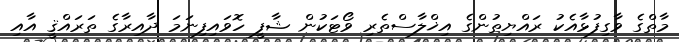
މާތްގެ ވާގިފުޅާއެކު ރައްޔިތުންގެ އިޚްލާސްތެރި ވޯޓަކުން ޝާފީ ހޮވައިފިނަމަ ދާއިރާގެ ތަރައްޤީ އާއި